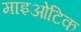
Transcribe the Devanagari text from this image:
माइओटिक